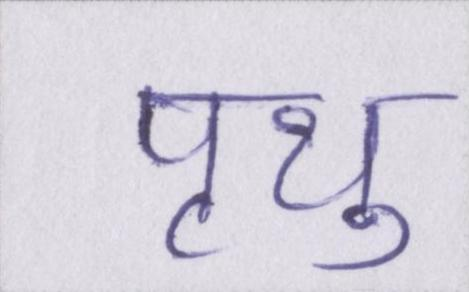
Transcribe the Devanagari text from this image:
पृथु